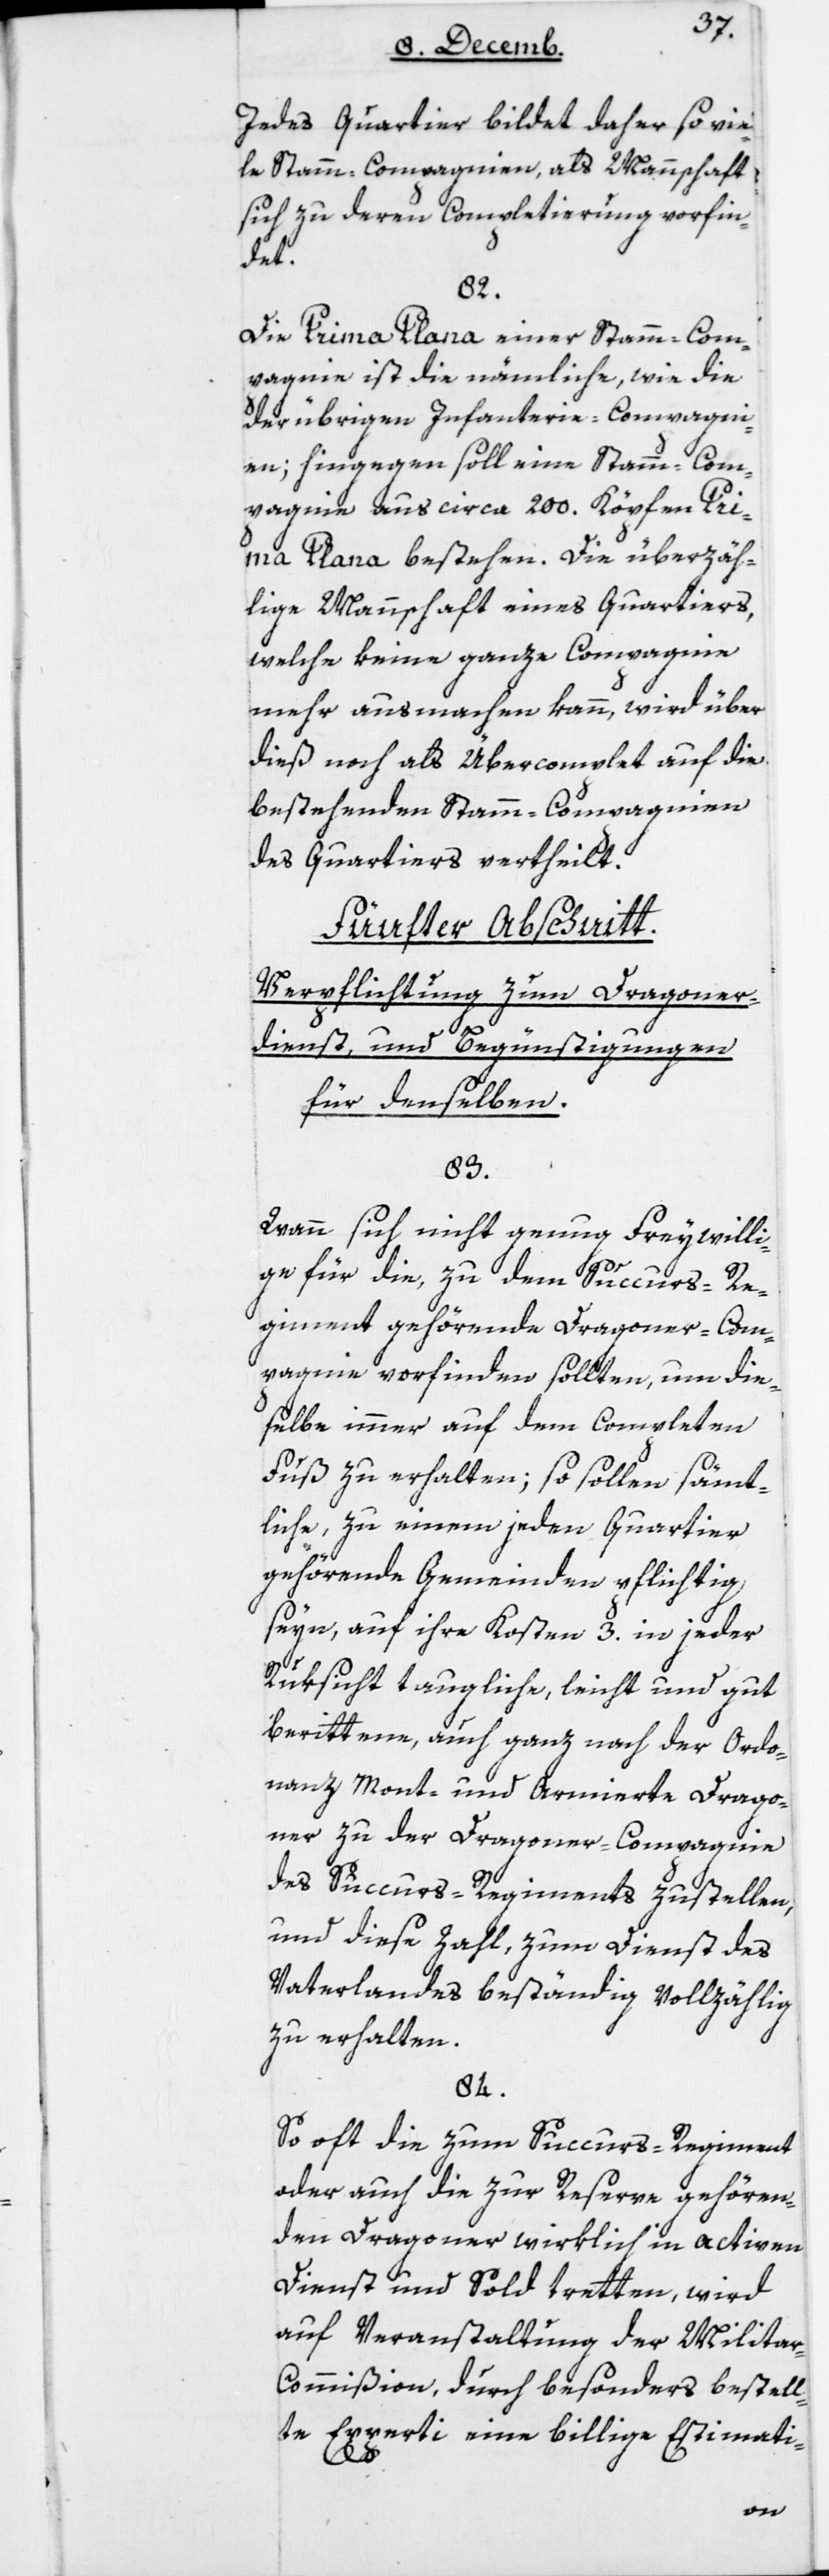
Jedes Quartier bildet daher so vie¬
le Stamm-Compagnien, als Mannschaft
sich zu deren Complettierung vorfin¬
det.
82.
Die Prima Plana einer Stamm-Com¬
pagnie ist die nämliche, wie die
der übrigen Infanterie-Compagni¬
en; hingegen soll eine Stamm-Com¬
pagnie aus circa 200 Köpfen Pri¬
ma Plana bestehen. Die überzäh¬
lige Mannschaft eines Quartiers,
welche keine ganze Compagnie
mehr ausmachen kann, wird über
dieß noch als Übercomplett auf die
bestehenden Stamm-Compagnien
des Quartiers vertheilt.
Fünfter Abschnitt:
Verpflichtung zum Dragoner¬
dienst und Begünstigungen
für denselben.
83.
Wann sich nicht genug Freywilli¬
ge für die, zu dem Succurs-Re¬
giment gehördene Dragoner-Com¬
pagnie vorfinden sollten, um die¬
selbe immer auf dem completten
Fuß zu erhalten; so sollen sämt¬
liche, zu einem jeden Quartier
gehörenden Gemeinden pflichtig
seyn, auf ihre Kosten 3 in jeder
Rüksicht taugliche, leicht und gut
berittene, auch ganz nach der Ordon¬
nanz und mont- und armierte Drago¬
ner zu der Dragoner-Compagnie
des Succurs-Regiments zu stellen,
und diese Zahl, zum Dienst des
Vaterlandes beständig vollzählig
zu erhalten.
84.
So oft die zum Succurs-Regiment
oder auch die zur Reserve gehören¬
den Dragoner wirklich in activen
Dienst und Sold tretten, wird
auf Veranstaltung der Milita¬
r-Commißion, durch besonders bestell¬
te Experti eine billige Estimati-